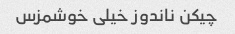
چیکن ناندوز خیلی خوشمزس